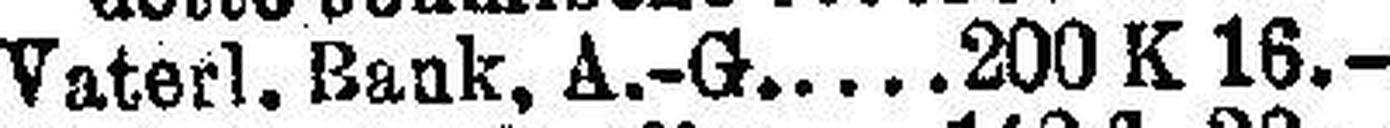
Vaterl. Bank, A.-G. 200 K 16.—